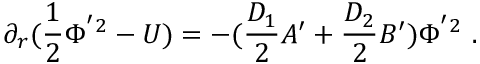
\partial _ { r } ( \frac { 1 } { 2 } \Phi ^ { ' 2 } - U ) = - ( \frac { D _ { 1 } } { 2 } A ^ { \prime } + \frac { D _ { 2 } } { 2 } B ^ { \prime } ) \Phi ^ { ' 2 } ~ .